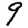
Digit: 9